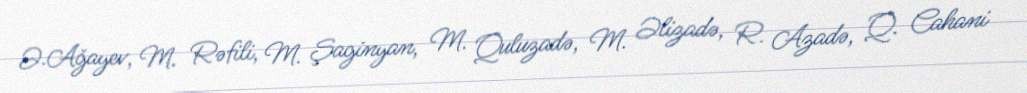
Ə.Ağayev, M. Rəfili, M. Şaginyan, M. Quluzadə, M. Əlizadə, R. Azadə, Q. Cahani